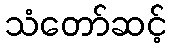
သံတော်ဆင့်